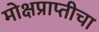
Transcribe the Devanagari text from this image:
मोक्षप्राप्तीचा